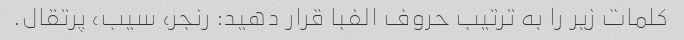
کلمات زیر را به ترتیب حروف الفبا قرار دهید: رنجر، سیب، پرتقال.